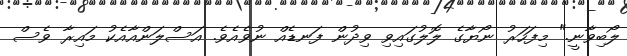
ލޯބިވާނީ." މިފަހަރު ނޯޔާގެ ލޮލުގައިވި ވިދުން ފަނޑެއް ނުވެއެވެ. އަސްލަންއާއެކު މައިރާ ވެސް